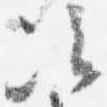
次